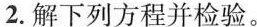
2. 解下列方程并检验。